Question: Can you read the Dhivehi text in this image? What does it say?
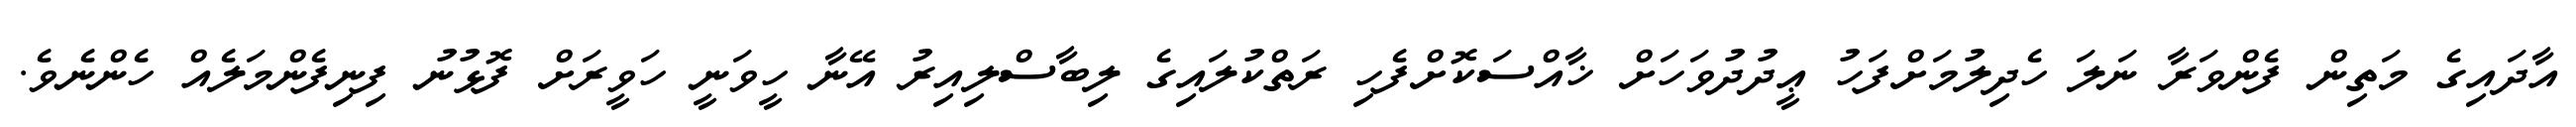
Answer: އާދައިގެ މަތިން ފެންވަރާ ނަލަ ހެދިލުމަށްފަހު ޢީދުދުވަހަށް ޚާއްސަކޮށްފެހި ރަތްކުލައިގެ ލިބާސްލިއިރު އޭނާ ހީވަނީ ހަވީރަށް ފޮޅުނު ފިނިފެންމަލެއް ހެންނެވެ.